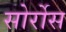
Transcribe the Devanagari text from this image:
सोर्रोस